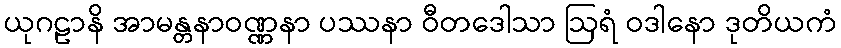
ယုဂဠာနိ အာမန္တနာဝဏ္ဏနာ ပဿနာ ဝီတဒေါသာ ဩရံ ဝဒါနော ဒုတိယကံ